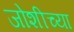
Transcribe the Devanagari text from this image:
जोशीच्या